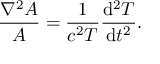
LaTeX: { \frac { \nabla ^ { 2 } A } { A } } = { \frac { 1 } { c ^ { 2 } T } } { \frac { \mathrm { d } ^ { 2 } T } { \mathrm { d } t ^ { 2 } } } .